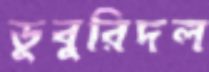
ডুবুরিদল